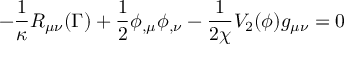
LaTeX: - \frac { 1 } { \kappa } R _ { \mu \nu } ( { \Gamma } ) + \frac { 1 } { 2 } \phi _ { , \mu } \phi _ { , \nu } - \frac { 1 } { 2 \chi } V _ { 2 } ( \phi ) g _ { \mu \nu } = 0